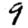
Digit: 9